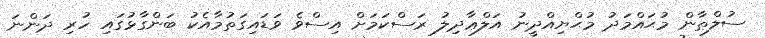
ސުލްޠާން މުޙައްމަދު މުޙްޔިއްދީނު އަލްޢާދިލު ރަސްކަމަށް އިސްވެ ވަޑައިގަތުމާއެކު ބަންގާޅުގައި ހުރި ދަންނަ